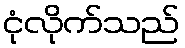
ငုံလိုက်သည်